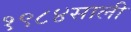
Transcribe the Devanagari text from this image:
१९८४साली